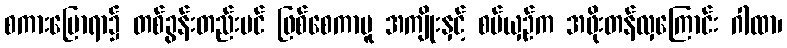
စကားပြောရာ၌ တစ်ခွန်းတည်းပင် ဖြစ်စေကာမူ အကျိုးနှင့် စပ်ယှဉ်က အဖိုးတန်လှကြောင်း ဂါထာ၊